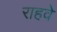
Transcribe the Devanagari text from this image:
राहवे